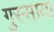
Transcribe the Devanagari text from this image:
गुस्साया